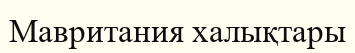
Мавритания халықтары